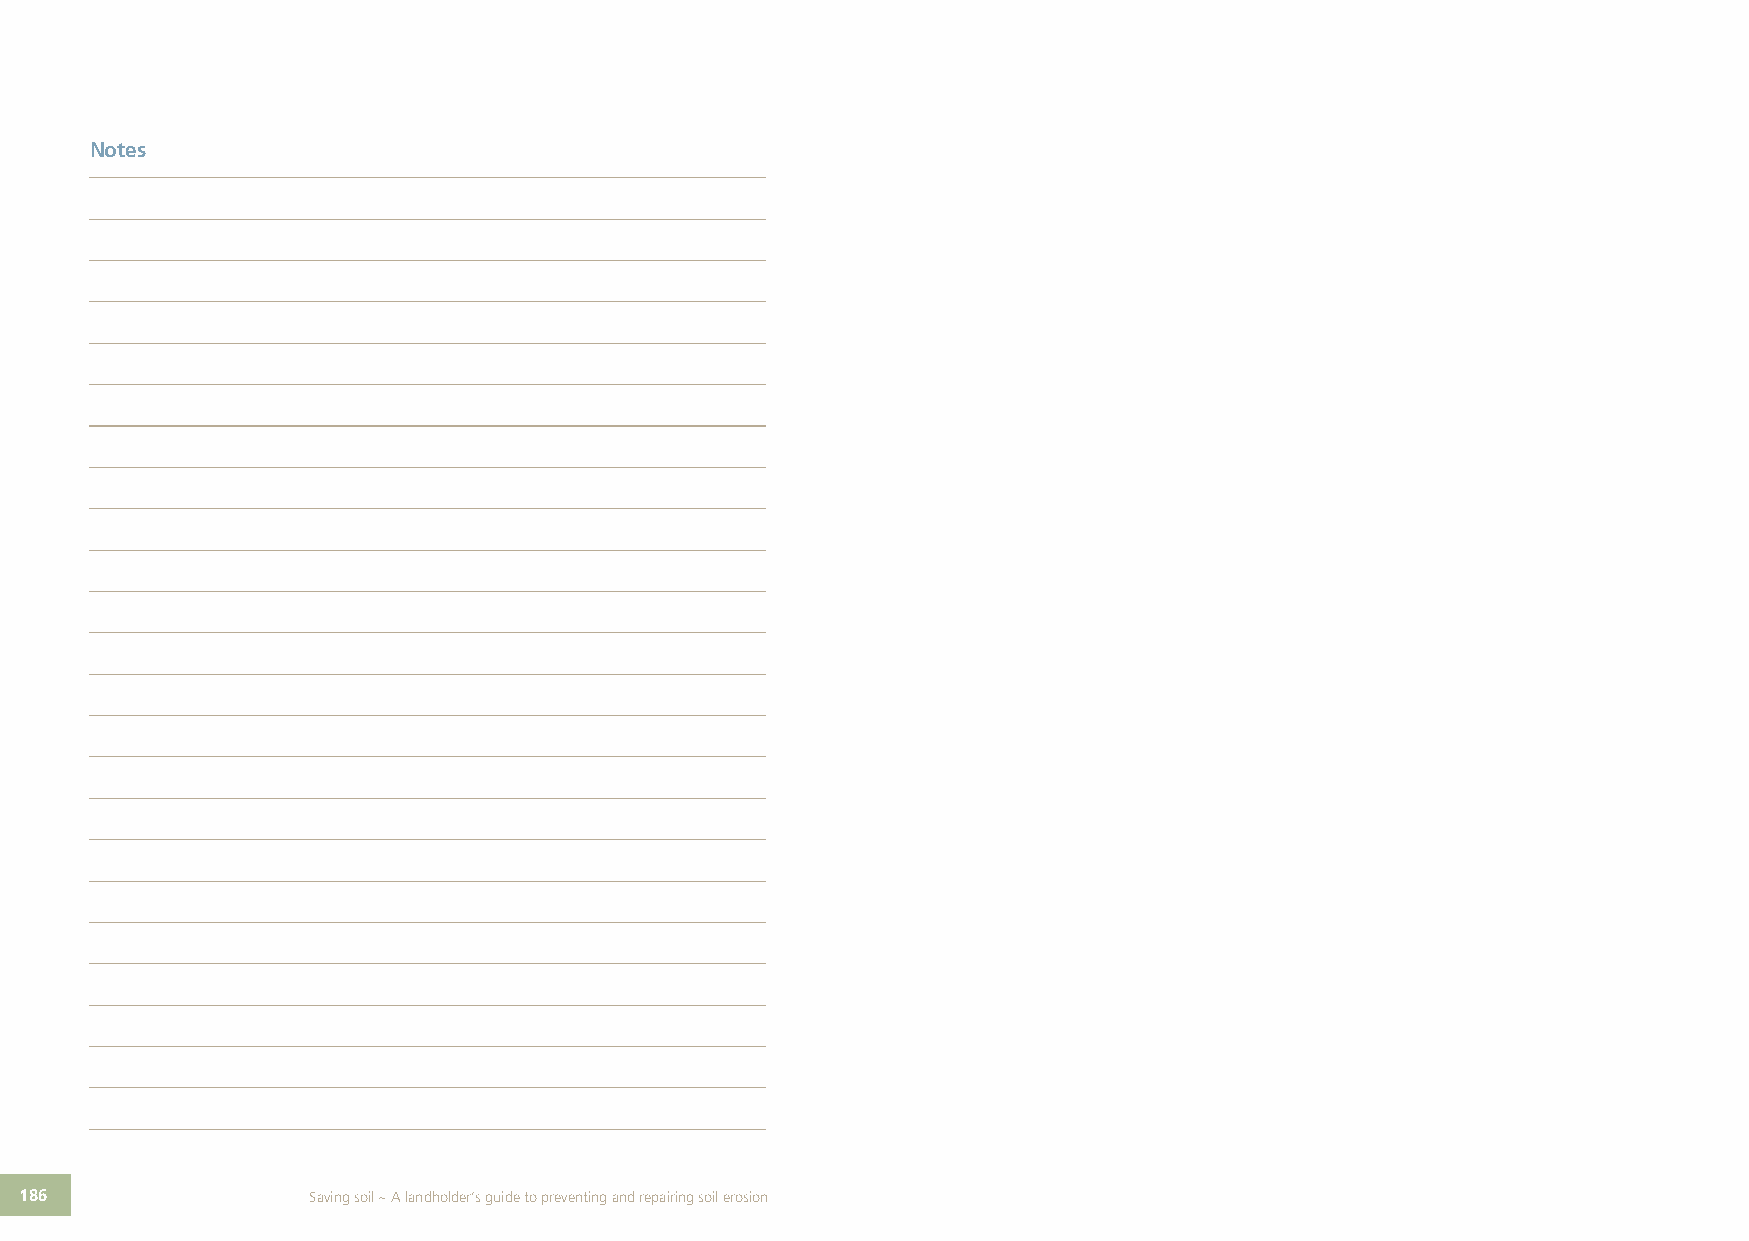
Notes
 186                Saving soil ~ A landholder’s guide to preventing and repairing soil erosion